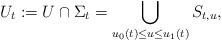
LaTeX: \begin{align*}U_t:=U\cap \Sigma_t = \bigcup_{u_0(t) \le u\le u_1(t)} S_{t, u},\end{align*}